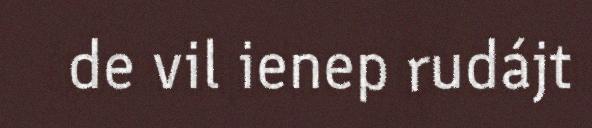
de vil ienep rudájt